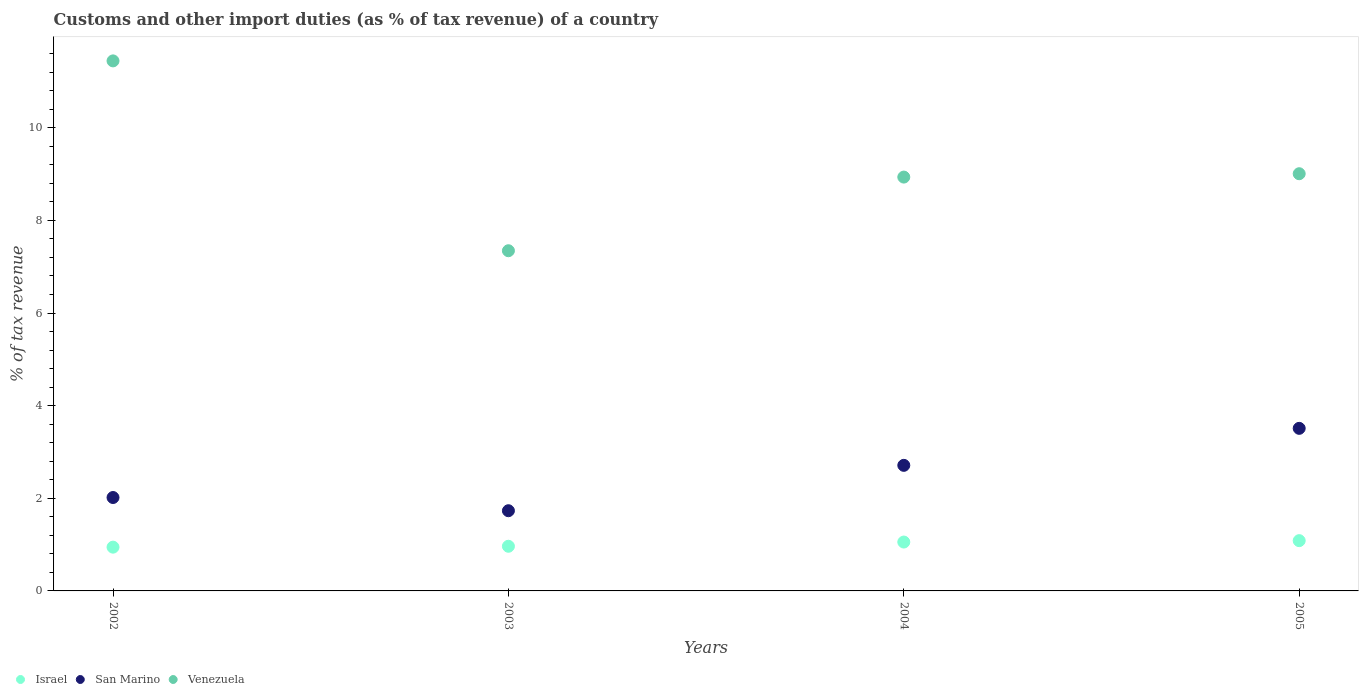
| Years | Israel | San Marino | Venezuela |
 | --- | --- | --- | --- |
 | 2002 | 0.945 | 2.02 | 11.4 |
 | 2003 | 0.964 | 1.73 | 7.35 |
 | 2004 | 1.06 | 2.71 | 8.94 |
 | 2005 | 1.09 | 3.51 | 9.01 |